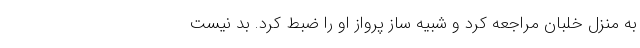
به منزل خلبان مراجعه کرد و شبیه ساز پرواز او را ضبط کرد. بد نیست